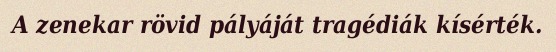
A zenekar rövid pályáját tragédiák kísérték.